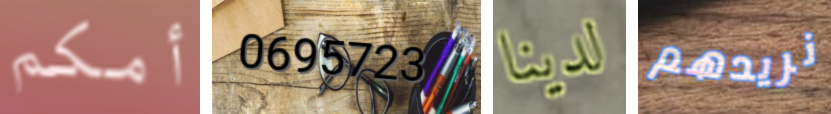
أمكم 0695723 لدينا نريدهم